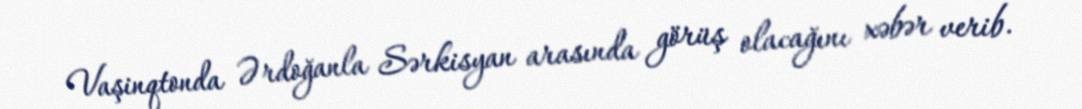
Vaşinqtonda Ərdoğanla Sərkisyan arasında görüş olacağını xəbər verib.